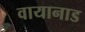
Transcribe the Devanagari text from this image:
वायानाड